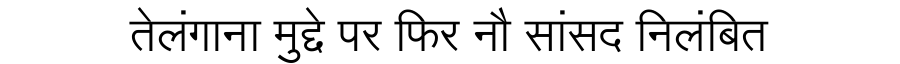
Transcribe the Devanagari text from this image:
तेलंगाना मुद्दे पर फिर नौ सांसद निलंबित